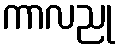
ကာလညု